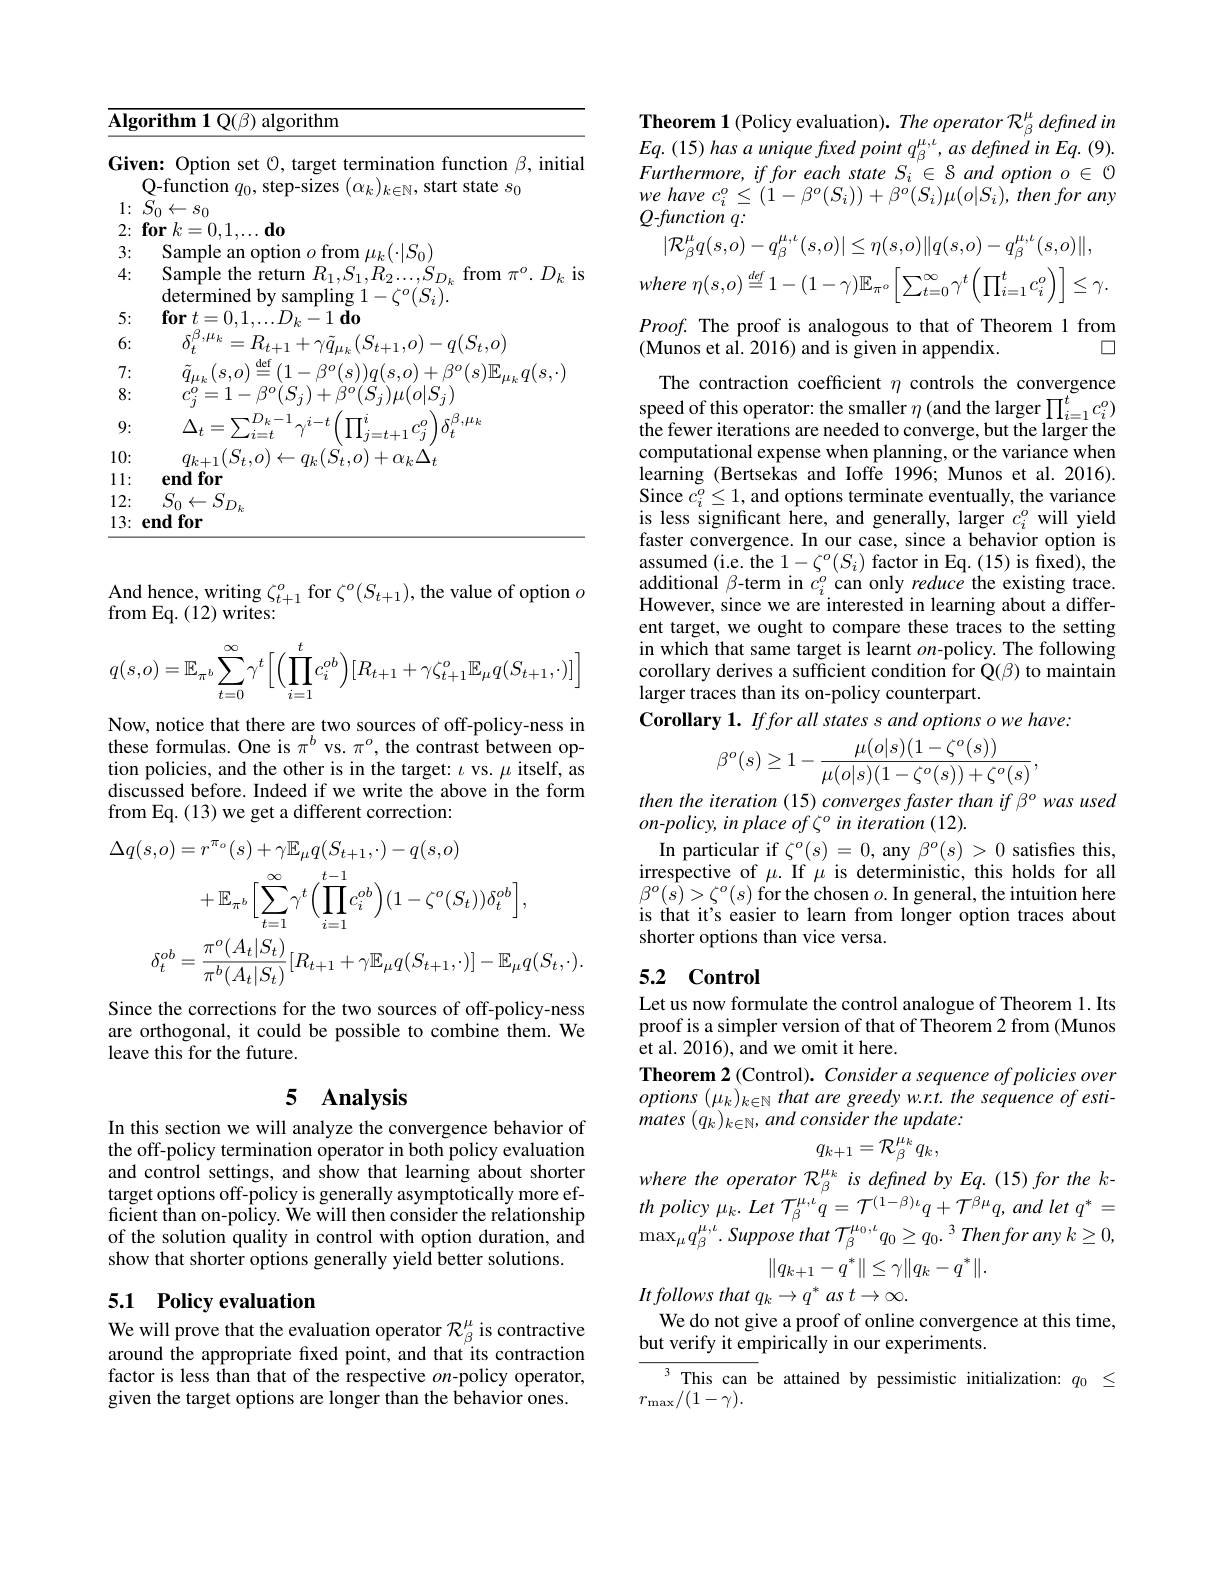
<table>
	<tbody>
		<tr>
			<td>$\log_{\mathrm{orithm}}$</td>
			<td> </td>
		</tr>
	</tbody>
</table>

<table>
	<tbody>
		<tr>
			<td>Giv</td>
			<td>en: Option set C, target termination function $\beta$, initia Q-function $q_0$,s sten-size $\mathbb{N}$, start state $s_0$</td>
		</tr>
		<tr>
			<td>1: · </td>
			<td>$S_{0}\leftarrow s_{0}$</td>
		</tr>
		<tr>
			<td>2:</td>
			<td>$\textbf{for}k= 0. 1$ $.,.....do$</td>
		</tr>
		<tr>
			<td>3:</td>
			<td>Sample rrom $.(\cdot|S_{0}$</td>
		</tr>
		<tr>
			<td>4:</td>
			<td>Sample the return $R_1,S_1,R_2\ldots,S_{D_k}$ from $\pi^o.D_k$ is $^{-}O/\mathbf{S}.$ $1pf$</td>
		</tr>
		<tr>
			<td>5:</td>
			<td>$\textbf{for}t= 0, 1$ $12_{i}$ -1do</td>
		</tr>
		<tr>
			<td>6:</td>
			<td>$a(S_{t,o}$ -1.0 一</td>
		</tr>
		<tr>
			<td>7:</td>
			<td> </td>
		</tr>
		<tr>
			<td>8:</td>
			<td>$z_{j}^{o}=1-\beta^{o}(S_{j})+\beta^{o}(S_{j})\mu(o|S_{j})$</td>
		</tr>
		<tr>
			<td>9:</td>
			<td>$\boldsymbol{、}D_{k}-1_{\gamma^{i-1}}$ $^{'}\Pi_{a=1}^{i}$ $\beta,\mu_{k}$ $\Delta_{t}=\sum_{i=1}^{L}$ $\dot{7}=\dot{7}$ $- t+ 1$ $C_{i}^{0}$</td>
		</tr>
		<tr>
			<td>10:</td>
			<td>$TYI_{n}$</td>
		</tr>
		<tr>
			<td>11 1: 1 </td>
			<td>endfor</td>
		</tr>
		<tr>
			<td>12:</td>
			<td>$S_{0}\leftarrow S_{D_{k}}$</td>
		</tr>
		<tr>
			<td>13:</td>
			<td>endfor</td>
		</tr>
	</tbody>
</table>

And hence, writing $\zeta_t+1^o$ for $\zeta^o(S_{t+1})$, the value of option $o$
${\mathrm{from~Eq.~(12)~writes:}}$
$$q(s,o)=\mathbb{E}_{\pi^b}\sum_{t=0}^\infty\gamma^t\Big[\Big(\prod_{i=1}^tc_i^{ob}\Big)[R_{t+1}+\gamma\zeta_{t+1}^o\mathbb{E}_\mu q(S_{t+1},\cdot)]\Big]$$
Now, notice that there are two sources of off-policy-ness in these formulas. One is $\pi^b$ vs. $\pi^o$, the contrast between option policies, and the other is in the target: $\iota$ vs. $\mu$ itself, as discussed before. Indeed if we write the above in the form from Eq. (13) we get a different correction:
$$\begin{aligned}\Delta q(s,o)&=r^{\pi_{o}}(s)+\gamma\mathbb{E}_{\mu}q(S_{t+1},\cdot)-q(s,o)\\&+\mathbb{E}_{\pi^{b}}\Big[\sum_{t=1}^{\infty}\gamma^{t}\Big(\prod_{i=1}^{t-1}c_{i}^{ob}\Big)(1-\zeta^{o}(S_{t}))\delta_{t}^{ob}\Big],\\&\delta_{t}^{ob}=\frac{\pi^{o}(A_{t}|S_{t})}{\pi^{b}(A_{t}|S_{t})}[R_{t+1}+\gamma\mathbb{E}_{\mu}q(S_{t+1},\cdot)]-\mathbb{E}_{\mu}q(S_{t},\cdot).\end{aligned}$$
Since the corrections for the two sources of off-policy-ness are orthogonal, it could be possible to combine them. We leave this for the future.

## 5 $\mathbf{Analysis}$

In this section we will analyze the convergence behavior of the off-policy termination operator in both policy evaluation and control settings, and show that learning about shorter target options off-policy is generally asymptotically more efficient than on-policy. We will then consider the relationship of the solution quality in control with option duration, and show that shorter options generally yield better solutions.

## 5.1 Policy evaluation We will prove that the evaluation operator $\mathcal{R}_\beta^\mu$ is contractive

around the appropriate fixed point, and that its contraction factor is less than that of the respective $on$-policy operator, given the target options are longer than the behavior ones.

Theorem 1 (Policy evaluation). The operator $\mathcal{R}_{\beta}^{\mu}$ defined in $Eq.(15)$ has a unique fixed point q$_\beta ^{\mu , \iota }, as\textit{defined in Eq. }( 9) .$ Furthermore, if for each state $S_i^{\top}\in S$ and option $o\in0$ $we$ have $c_{i}^{o}\leq ( 1- \beta ^{o}( S_{i}) ) + \beta ^{o}( S_{i}) \mu ( o| S_{i}) , then$ for any Q-function q:

$|\mathcal{R}_{\beta}^{\mu}q(s,o)-q_{\beta}^{\mu,\iota}(s,o)|\leq\eta(s,o)\|q(s,o)-q_{\beta}^{\mu,\iota}(s,o)\|$, where $\eta ( s, o) \overset {def}{\operatorname* { = } }1- ( 1- \gamma ) \mathbb{E} _{\pi ^{o}}\left [ \sum _{t= 0}^{\infty }\gamma ^{t}\left ( \prod _{i= 1}^{t}c_{i}^{o}\right ) \right ] \leq \gamma .$

$Proof.$ The proof is analogous to that of Theorem 1 from
$\square$
(Munos et al. 2016) and is given in appendix.

The contraction coefficient $\eta$ controls the convergence speed of this operator: the smaller $\eta$ (and the larger $\prod_i=1^tc_i^o)$ $\hat{\text{the fewer iterations are needed to converge,but the larger the}}$ computational expense when planning, or the variance when learning (Bertsekas and Ioffe 1996; Munos et al. 2016). $\begin{array}{l}\mathrm{Since~}c_{i}^{o}\leq1,\text{ and options terminate eventually, the variance}\\\mathrm{is~less~significant~here,~and~generally,~larger~}c_{i}^{o}\mathrm{~will~yield}\end{array}$ faster convergence. In our case, since a behavior option is assumed (i.e.the $1-\zeta^o(S_{i})$ factor in Eq.(15) is fixed), the additional $\beta$-term in $c_i^o$ can only reduce the existing trace. However, since we are interested in learning about a different target, we ought to compare these traces to the setting in which that same target is learnt $on$-policy. The following corollary derives a sufficient condition for $\dot{\mathcal{Q}}(\beta)$ to maintain larger traces than its on-policy counterpart.
Corollary 1. Iffor all states s and options o we have:
$$\beta^o(s)\geq1-\frac{\mu(o|s)(1-\zeta^o(s))}{\mu(o|s)(1-\zeta^o(s))+\zeta^o(s)},$$
then the iteration (15) converges faster than if β° was used

on-policy, in place of $\zeta^o$ in iteration (12).
In particular if $\zeta^o(s)=0$,any $\beta^o(s)>0$ satisfes this, irrespective of $\mu.$ If $\mu$ is deterministic, this holds for all $\beta^{o}(\bar{s})>\zeta^{o}(s)$ for the chosen $o.$ In general, the intuition here is that it's easier to learn from longer option traces about shorter options than vice versa.

# 5.2 Control

Let us now formulate the control analogue of Theorem 1. Its proof is a simpler version of that of Theorem 2 from (Munos et al. 2016), and we omit it here.
Theorem 2 (Control). Consider a sequence of policies over $options~(\mu_{k})_{k\in\mathbb{N}}~that~are~greedy~w.r.t.~the~sequence~of~esti-$ mates $( q_k) _{k\in \mathbb{N} }, and\textit{consider the update: }$
$$q_{k+1}=\mathcal{R}_{\beta}^{\mu_k}q_k,$$
where the operator R $_{\beta}^{\mu_{k}}$ is defined by Eq.(15) for the k- $th$ policy $\mu _{k}.$ Let $\mathcal{T} _{\beta }^{\mu , \iota }q= \mathcal{T} ^{( 1- \beta ) \iota }q+ \mathcal{T} ^{\beta \mu }q$, and let $q^{* }=$ $\max _{\mu }q_{\beta }^{\mu , \iota }. Suppose$ that $\mathcal{T} _{\beta }^{\mu _{0}, \iota }q_{0}\geq q_{0}. {}^{3}$ Then for any $k\geq 0$,
$$\|q_{k+1}-q^*\|\leq\gamma\|q_k-q^*\|.$$
It follows that qk → q * as t→∞.

We do not give a proof of online convergence at this time,
but verify it empirically in our experiments.

${\overline{{^3}}}$This can be attained by pessimistic initialization: $q_0$ $\leq$
$r_{\max}/(1-\gamma).$